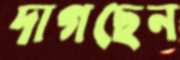
দাগছেন